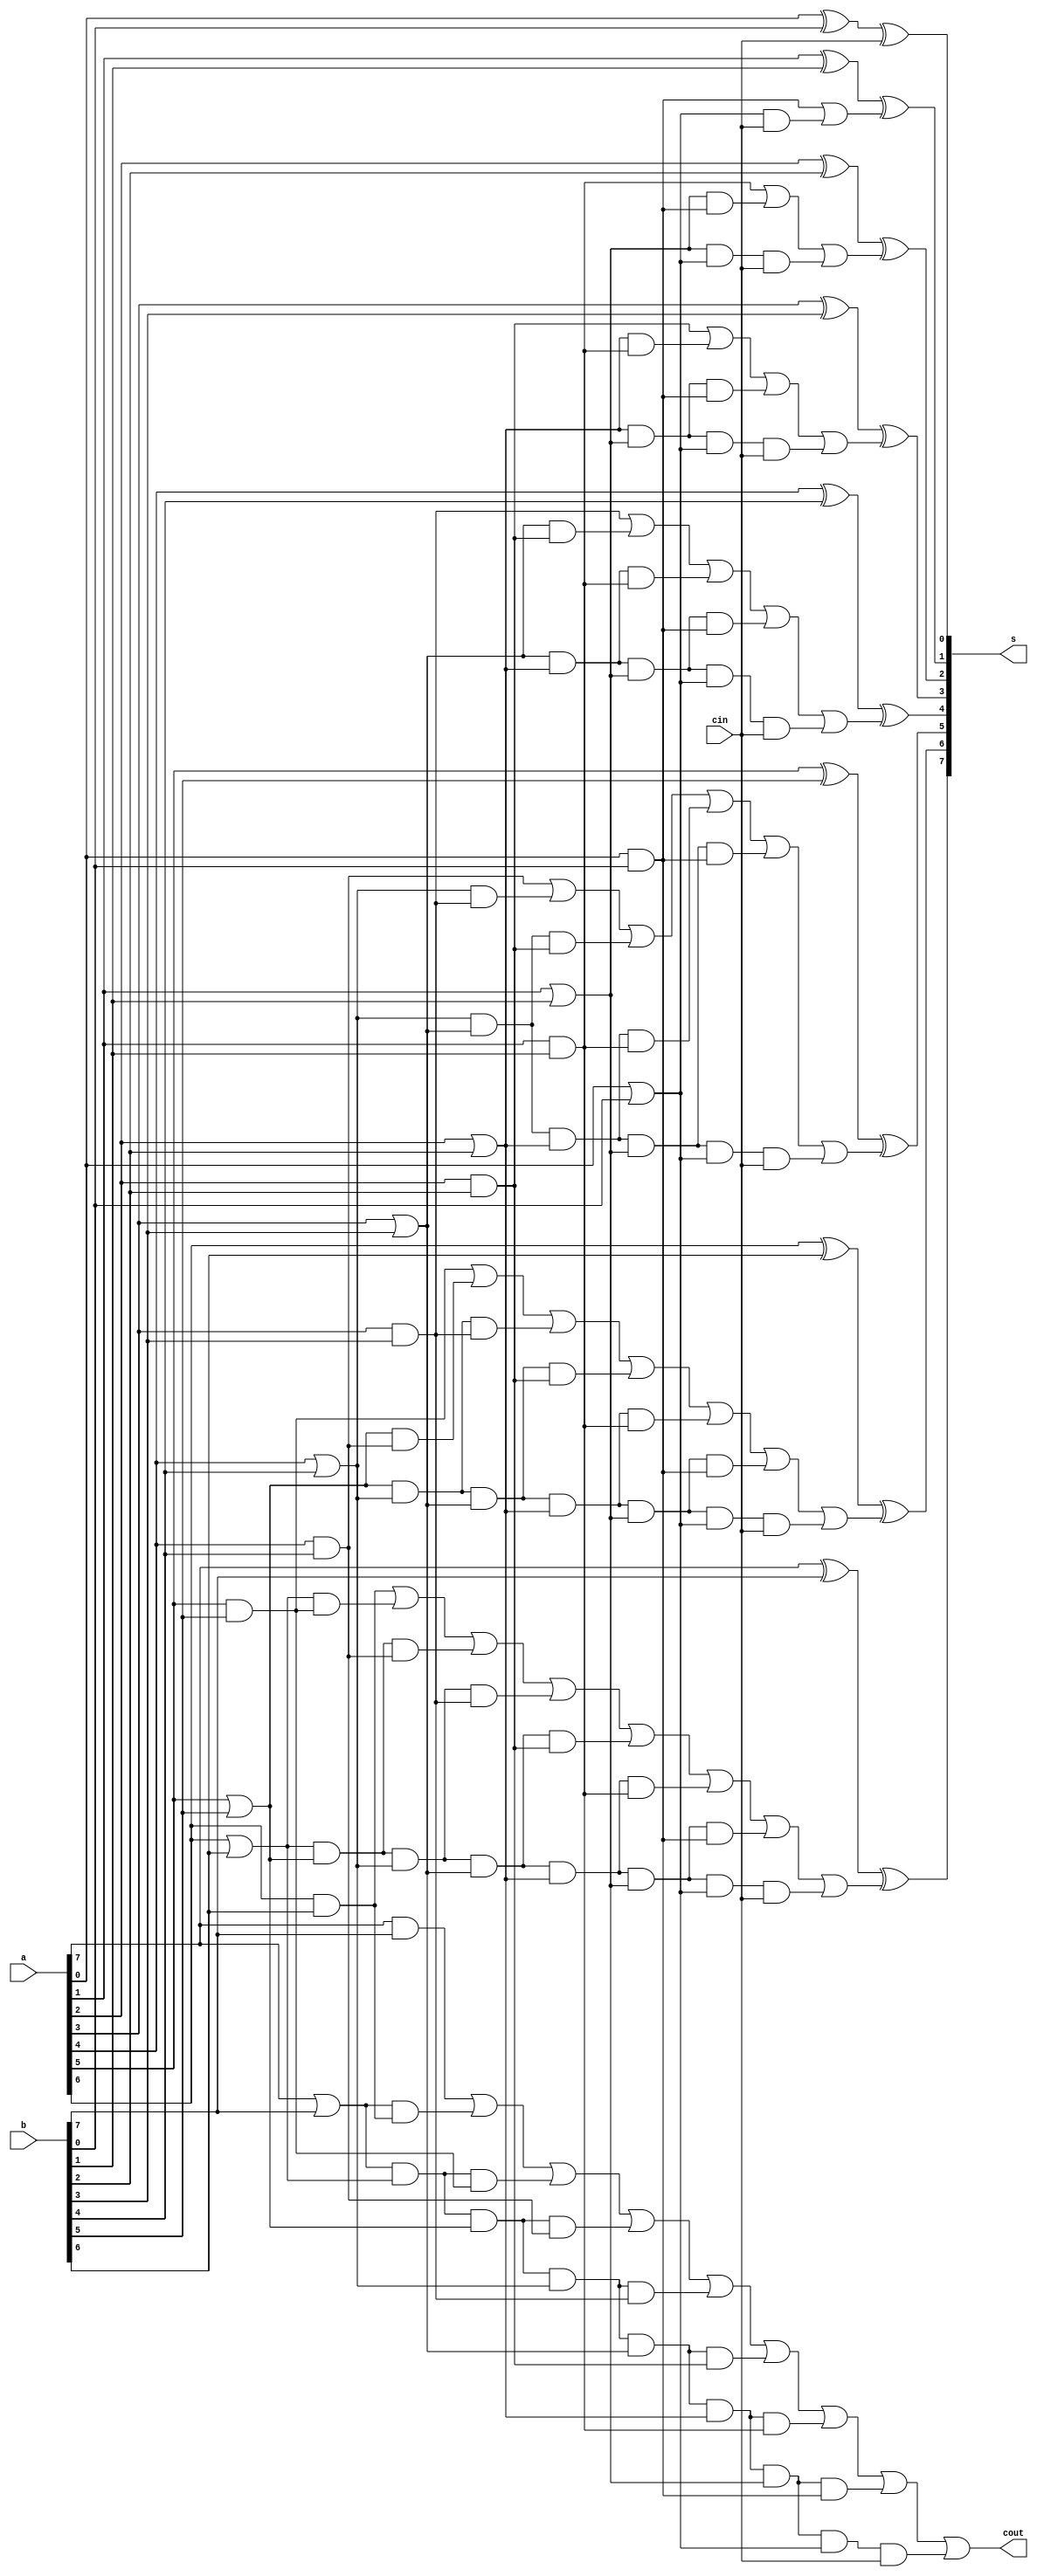
module cla(a, b, cin, s, cout);

    input [7:0] a, b;
    input cin;

    output [7:0] s;
    output cout;

    wire c1, c2, c3, c4, c5, c6, c7;
    wire p0, p1, p2, p3, p4, p5, p6, p7;
    wire g0, g1, g2, g3, g4, g5, g6, g7;
    wire pc0;
    wire pc1, pc2;
    wire pc3, pc4, pc5;
    wire pc6, pc7, pc8, pc9;
    wire pc10, pc11, pc12, pc13, pc14;
    wire pc15, pc16, pc17, pc18, pc19, pc20;
    wire pc21, pc22, pc23, pc24, pc25, pc26, pc27;
    wire pc28, pc29, pc30, pc31, pc32, pc33, pc34, pc35;
    
    // c1
    or propogate0(p0, a[0], b[0]);
    and generate0(g0, a[0], b[0]);

    xor sum0(s[0], a[0], b[0], cin);

    and partial_carry_out0(pc0, p0, cin);

    or carry_out0(c1, g0, pc0);

    // c2
    or propogate1(p1, a[1], b[1]);
    and generate1(g1, a[1], b[1]);

    xor sum1(s[1], a[1], b[1], c1);

    and partial_carry_out10(pc1, p1, g0);
    and partial_carry_out11(pc2, p1, p0, cin);

    or carry_out1(c2, g1, pc1, pc2);

    // c3
    or propogate2(p2, a[2], b[2]);
    and generate2(g2, a[2], b[2]);

    xor sum2(s[2], a[2], b[2], c2);

    and partial_carry_out20(pc3, p2, g1);
    and partial_carry_out21(pc4, p2, p1, g0);
    and partial_carry_out22(pc5, p2, p1, p0, cin);

    or carry_out2(c3, g2, pc3, pc4, pc5);

    // c4
    or propogate3(p3, a[3], b[3]);
    and generate3(g3, a[3], b[3]);

    xor sum3(s[3], a[3], b[3], c3);
    
    and partial_carry_out30(pc6, p3, g2);
    and partial_carry_out31(pc7, p3, p2, g1);
    and partial_carry_out32(pc8, p3, p2, p1, g0);
    and partial_carry_out33(pc9, p3, p2, p1, p0, cin);
    
    or carry_out3(c4, g3, pc6, pc7, pc8, pc9);

    // c5
    or propogate4(p4, a[4], b[4]);
    and generate4(g4, a[4], b[4]);
    
    xor sum4(s[4], a[4], b[4], c4);
    
    and partial_carry_out40(pc10, p4, g3);
    and partial_carry_out41(pc11, p4, p3, g2);
    and partial_carry_out42(pc12, p4, p3, p2, g1);
    and partial_carry_out43(pc13, p4, p3, p2, p1, g0);
    and partial_carry_out44(pc14, p4, p3, p2, p1, p0, cin);
    
    or carry_out4(c5, g4, pc10, pc11, pc12, pc13, pc14);

    // c6
    or propogate5(p5, a[5], b[5]);
    and generate5(g5, a[5], b[5]);
    
    xor sum5(s[5], a[5], b[5], c5);
    
    and partial_carry_out50(pc15, p5, g4);
    and partial_carry_out51(pc16, p5, p4, g3);
    and partial_carry_out52(pc17, p5, p4, p3, g2);
    and partial_carry_out53(pc18, p5, p4, p3, p2, g1);
    and partial_carry_out54(pc19, p5, p4, p3, p2, p1, g0);
    and partial_carry_out55(pc20, p5, p4, p3, p2, p1, p0, cin);
    
    or carry_out5(c6, g5, pc15, pc16, pc17, pc18, pc19, pc20);

    // c7
    or propogate6(p6, a[6], b[6]);
    and generate6(g6, a[6], b[6]);
    
    xor sum6(s[6], a[6], b[6], c6);
    
    and partial_carry_out60(pc21, p6, g5);
    and partial_carry_out61(pc22, p6, p5, g4);
    and partial_carry_out62(pc23, p6, p5, p4, g3);
    and partial_carry_out63(pc24, p6, p5, p4, p3, g2);
    and partial_carry_out64(pc25, p6, p5, p4, p3, p2, g1);
    and partial_carry_out65(pc26, p6, p5, p4, p3, p2, p1, g0);
    and partial_carry_out66(pc27, p6, p5, p4, p3, p2, p1, p0, cin);
    
    or carry_out6(c7, g6, pc21, pc22, pc23, pc24, pc25, pc26, pc27);

    // cout
    or propogate7(p7, a[7], b[7]);
    and generate7(g7, a[7], b[7]);
    
    xor sum7(s[7], a[7], b[7], c7);
    
    and partial_carry_out70(pc28, p7, g6);
    and partial_carry_out071(pc29, p7, p6, g5);
    and partial_carry_out72(pc30, p7, p6, p5, g4);
    and partial_carry_out73(pc31, p7, p6, p5, p4, g3);
    and partial_carry_out74(pc32, p7, p6, p5, p4, p3, g2);
    and partial_carry_out75(pc33, p7, p6, p5, p4, p3, p2, g1);
    and partial_carry_out76(pc34, p7, p6, p5, p4, p3, p2, p1, g0);
    and partial_carry_out77(pc35, p7, p6, p5, p4, p3, p2, p1, p0, cin);
    
    or carry_out7(cout, g7, pc28, pc29, pc30, pc31, pc32, pc33, pc34, pc35);

endmodule